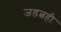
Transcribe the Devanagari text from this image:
जडत्वही